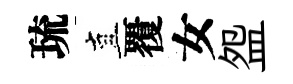
琉直覆女盌